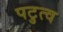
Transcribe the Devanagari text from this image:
पटुत्व